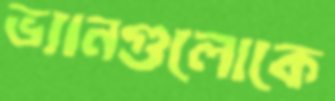
ভ্যানগুলোকে